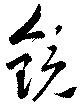
鏡